Medical and sanitary report of the native army of Bengal for the year
Year: 1878
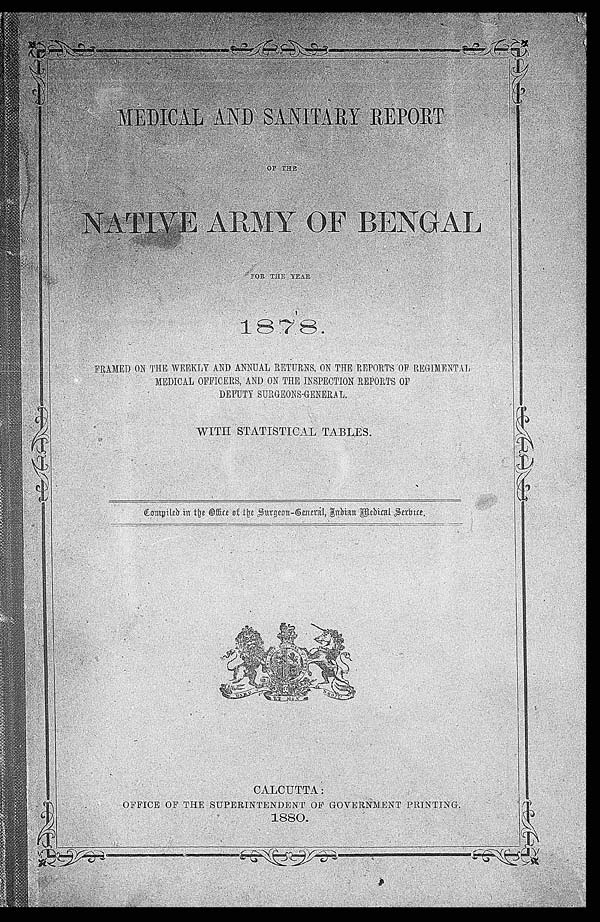
MEDICAL AND SANITARY REPORT
OF THE
NATIVE ARMY OF BENGAL
FOR THE YEAR
1878. FRAMED ON THE WEEKLY AND ANNUAL RETURNS, ON THE REPORTS OF REGIMENTAL
MEDICAL OFFICERS, AND ON THE INSPECTION REPORTS OF
DEPUTY SURGEONS-GENERAL.
WITH STATISTICAL TABLES.
Compiled in the Office of the Surgeon-General, Indian Medical Service.
CALCUTTA: O F F I C E O F T H E S U P E R I N T E N D E N T O F G O V E R N M E N T P R I N T I N G .
1880.